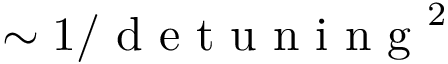
\sim 1 / \mathrm { ~ d ~ e ~ t ~ u ~ n ~ i ~ n ~ g ~ } ^ { 2 }